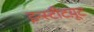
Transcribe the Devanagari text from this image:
इन्स्टीटय़ूट